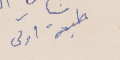
طبعة أولى